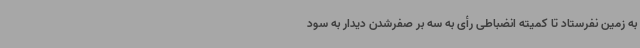
به زمین نفرستاد تا کمیته انضباطی رأی به سه بر صفرشدن دیدار به سود